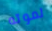
لموته